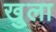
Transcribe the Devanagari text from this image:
खु्ला